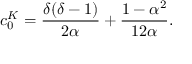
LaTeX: \displaystyle c _ { 0 } ^ { K } = \frac { \delta ( \delta - 1 ) } { 2 \alpha } + \frac { 1 - \alpha ^ { 2 } } { 1 2 \alpha } .